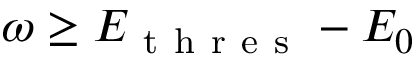
\omega \geq E _ { \mathrm { ~ t ~ h ~ r ~ e ~ s ~ } } - E _ { 0 }